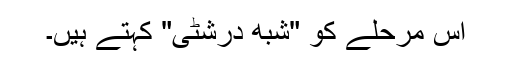
اس مرحلے کو "شُبھ درشٹی" کہتے ہیں۔